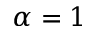
\alpha = 1